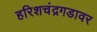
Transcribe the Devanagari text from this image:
हरिशचंद्रगडावर